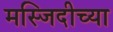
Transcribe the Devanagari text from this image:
मस्जिदीच्या